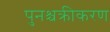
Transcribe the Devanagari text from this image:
पुनश्चक्रीकरण